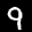
Label: 9